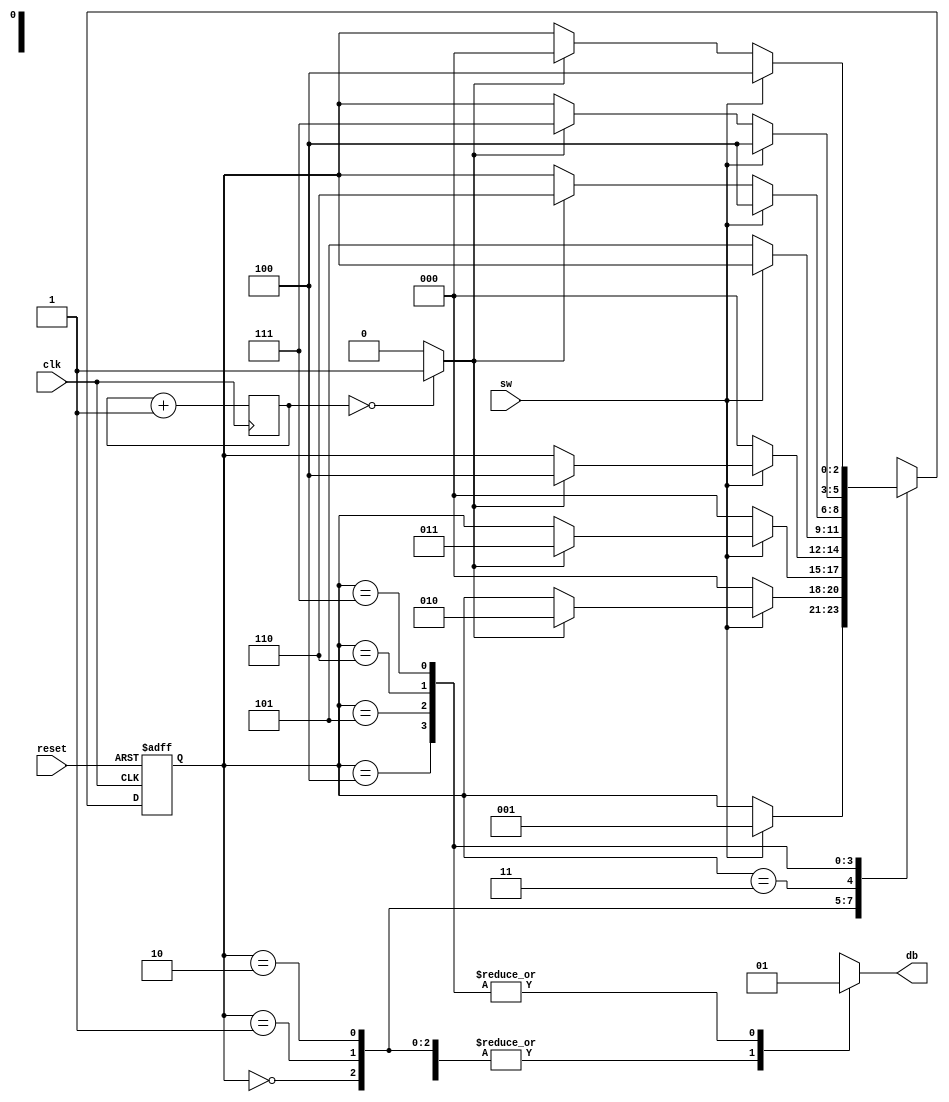
`timescale 1ns / 1ps
//////////////////////////////////////////////////////////////////////////////////
// Company: 
// Engineer: 
// 
// Design Name: 
// Module Name:    debounce 
// Project Name: 
// Target Devices: 
// Tool versions: 
// Description: 
//
// Dependencies: 
//
// Revision: 
// Revision 0.01 - File Created
// Additional Comments: 
//
//////////////////////////////////////////////////////////////////////////////////
// Listing 5.6
module debounce
   (
    input wire clk, reset,
    input wire sw,
    output reg db
   );

   // symbolic state declaration
   localparam  [2:0]
               zero    = 3'b000,
               wait1_1 = 3'b001,
               wait1_2 = 3'b010,
               wait1_3 = 3'b011,
               one     = 3'b100,
               wait0_1 = 3'b101,
               wait0_2 = 3'b110,
               wait0_3 = 3'b111;

   // number of counter bits (2^N * 20ns = 10ms tick)
   localparam N =19;

   // signal declaration
   reg [N-1:0] q_reg;
   wire [N-1:0] q_next;
   wire m_tick;
   reg [2:0] state_reg, state_next;

   // body

   //=============================================
   // counter to generate 10 ms tick
   //=============================================
   always @(posedge clk)
      q_reg <= q_next;
   // next-state logic
   assign q_next = q_reg + 1;
   // output tick
   assign m_tick = (q_reg==0) ? 1'b1 : 1'b0;

   //=============================================
   // debouncing FSM
   //=============================================
   // state register
    always @(posedge clk, posedge reset)
       if (reset)
          state_reg <= zero;
       else
          state_reg <= state_next;

   // next-state logic and output logic
   always @*
   begin
      state_next = state_reg;  // default state: the same
      db = 1'b0;               // default output: 0
      case (state_reg)
         zero:
            if (sw)
               state_next = wait1_1;
         wait1_1:
            if (~sw)
               state_next = zero;
            else
               if (m_tick)
                  state_next = wait1_2;
         wait1_2:
            if (~sw)
               state_next = zero;
            else
               if (m_tick)
                  state_next = wait1_3;
         wait1_3:
            if (~sw)
               state_next = zero;
            else
               if (m_tick)
                  state_next = one;
         one:
            begin
              db = 1'b1;
              if (~sw)
                 state_next = wait0_1;
            end
         wait0_1:
            begin
               db = 1'b1;
               if (sw)
                  state_next = one;
               else
                 if (m_tick)
                    state_next = wait0_2;
            end
         wait0_2:
            begin
               db = 1'b1;
               if (sw)
                  state_next = one;
               else
                 if (m_tick)
                    state_next = wait0_3;
            end
         wait0_3:
            begin
               db = 1'b1;
               if (sw)
                  state_next = one;
               else
                 if (m_tick)
                    state_next = zero;
            end
         default: state_next = zero;
      endcase
   end

endmodule